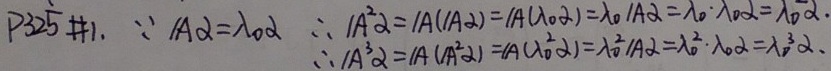
P325 \#1. \(\because A\alpha=\lambda_0\alpha\)，
\(\therefore A^2\alpha = A(A\alpha)=A(\lambda_0\alpha)=\lambda_0A\alpha=\lambda_0\cdot\lambda_0\alpha=\lambda_0^2\alpha\)。
\(\therefore A^3\alpha = A(A^2\alpha)=A(\lambda_0^2\alpha)=\lambda_0^2A\alpha=\lambda_0^2\cdot\lambda_0\alpha=\lambda_0^3\alpha\)。